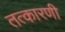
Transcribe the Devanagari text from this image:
तत्कारणी